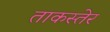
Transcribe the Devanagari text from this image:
ताकस्तेर